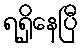
ရရှိနေပြီ